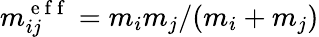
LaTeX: m_{ij}^{\mathrm{~e~f~f~}}=m_{i}m_{j}/(m_{i}+m_{j})